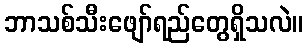
ဘာသစ်သီးဖျော်ရည်တွေရှိသလဲ။